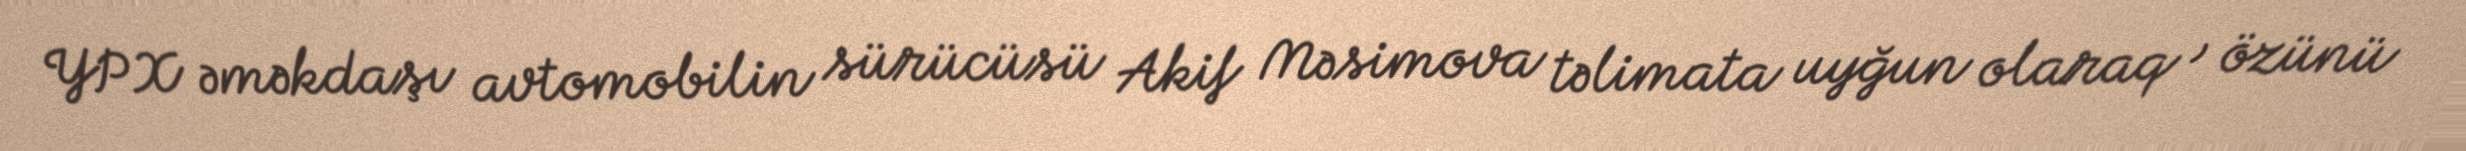
YPX əməkdaşı avtomobilin sürücüsü Akif Məsimova təlimata uyğun olaraq , özünü